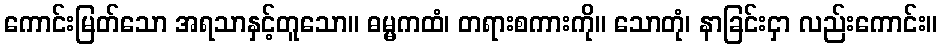
ကောင်းမြတ်သော အရသာနှင့်တူသော။ ဓမ္မကထံ၊ တရားစကားကို။ သောတုံ၊ နာခြင်းငှာ လည်းကောင်း။